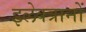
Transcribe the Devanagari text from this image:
इलेक्त्रानों